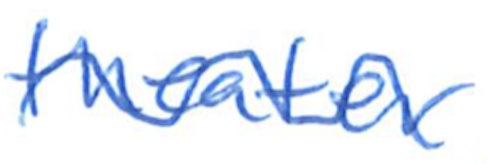
Text: theater
Cross-out: wave
Writing tool: ballpoint